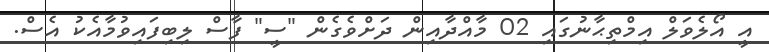
އީ އޯލެވަލް އިމްތިޙާނުގައި 02 މާއްދާއިން ދަށްވެގެން "ސީ" ފާސް ލިބިފައިވުމާއެކު އެސް.